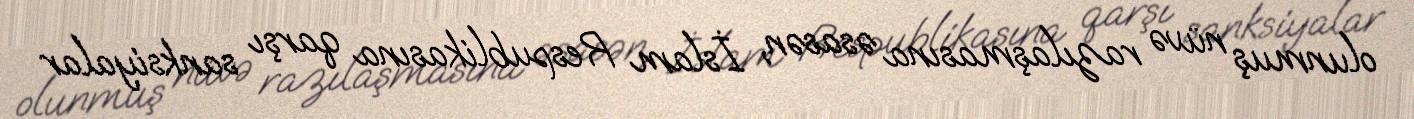
olunmuş nüvə razılaşmasına əsasən, İslam Respublikasına qarşı sanksiyalar